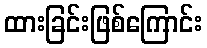
ထားခြင်းဖြစ်ကြောင်း